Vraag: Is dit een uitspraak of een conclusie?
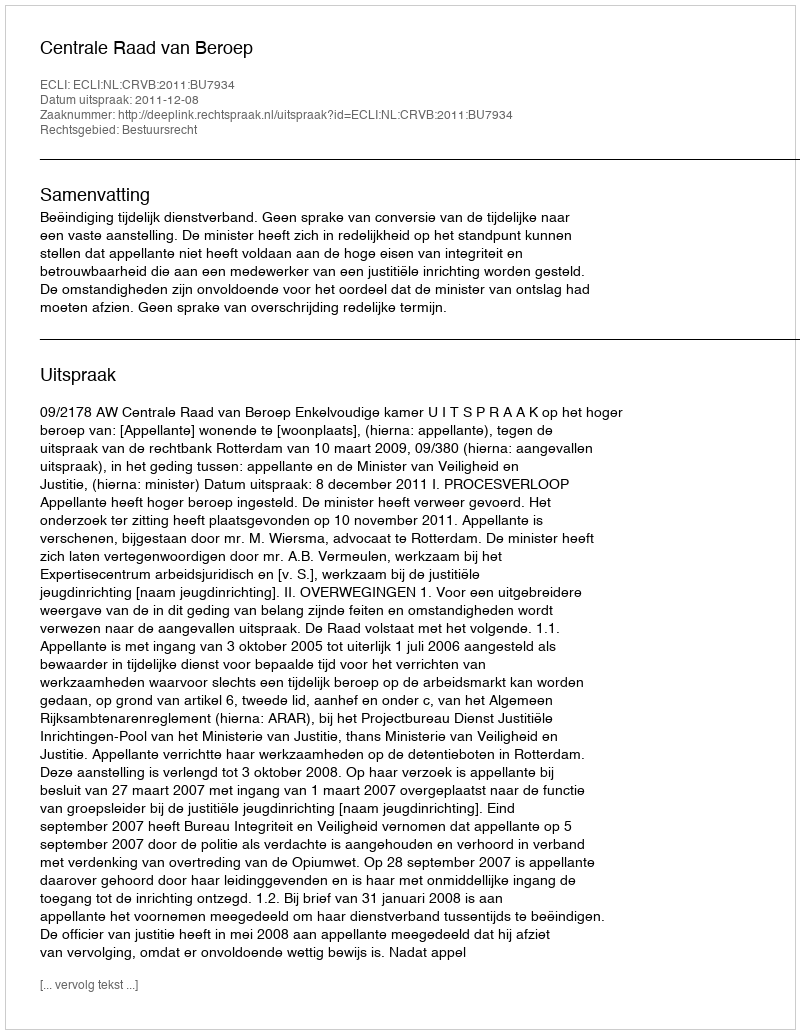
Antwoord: Uitspraak